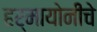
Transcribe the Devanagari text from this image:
हर्मायोनीचे